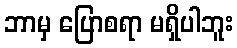
ဘာမှ ပြောစရာ မရှိပါဘူး